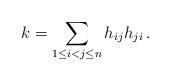
LaTeX: \begin{align*}k = \sum_{1 \le i < j \le n} h_{ij}h_{ji}\,.\end{align*}